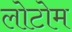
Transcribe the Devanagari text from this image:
लोटोम